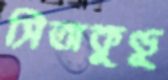
সিতাকুণ্ডু